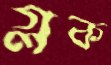
গ্লক